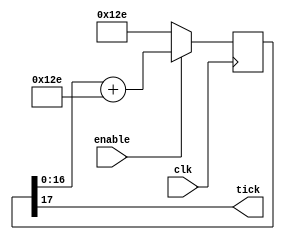
module RS232Baud(
	input clk,
	input enable,
	output tick
);
parameter ClkFrequency = 50000000;
parameter Baud = 115200;
parameter Oversampling = 1;
function integer log2(input integer v); begin log2=0; while(v>>log2) log2=log2+1; end endfunction
localparam AccWidth = log2(ClkFrequency/Baud)+8;  
reg [AccWidth:0] Acc = 0;
localparam ShiftLimiter = log2(Baud*Oversampling >> (31-AccWidth));  
localparam Inc = ((Baud*Oversampling << (AccWidth-ShiftLimiter))+(ClkFrequency>>(ShiftLimiter+1)))/(ClkFrequency>>ShiftLimiter);
always @(posedge clk) if(enable) Acc <= Acc[AccWidth-1:0] + Inc[AccWidth:0]; else Acc <= Inc[AccWidth:0];
assign tick = Acc[AccWidth];
endmodule